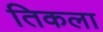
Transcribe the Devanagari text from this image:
तिकला